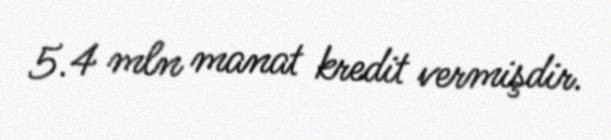
5.4 mln manat kredit vermişdir.